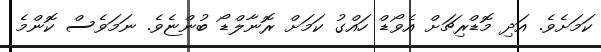
ކަމަށެވެ. އަދި މޮޑްރިޗަށް އެވޯޑް ހައްގު ކަމަށް ރޮނާލްޑޯ ބުންޏެވެ. ނަމަވެސް ކޮންމެ